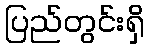
ပြည်တွင်းရှိ